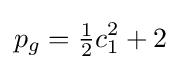
p_{g}={\tfrac {1}{2}}c_{1}^{2}+2